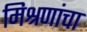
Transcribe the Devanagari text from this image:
मिश्रणांचा